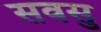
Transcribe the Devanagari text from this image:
सवसु